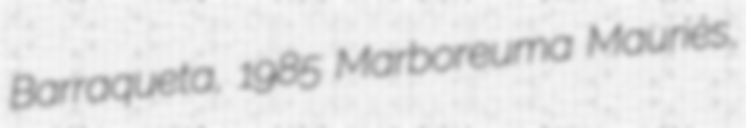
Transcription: Barraqueta, 1985 Marboreuma Mauriès,